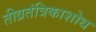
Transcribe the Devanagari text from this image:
तीव्रतंत्रिकाशोथ